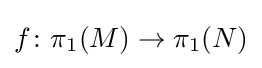
f\colon \pi _{1}(M)\to \pi _{1}(N)